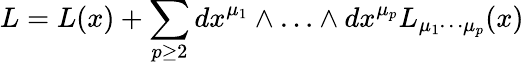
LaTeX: L=L(x)+\sum_{p\ge 2}dx^{\mu_{1}}\wedge\ldots\wedge dx^{\mu_{p}}L_{\mu_{1}\cdots\mu_{p}}(x)